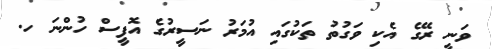
ވަނީ ރޭގެ އެކި ވަގުތު ތަކުގައި އުމަރު ނަސީރުގެ އޮފީސް ހުންނަ ހ.